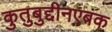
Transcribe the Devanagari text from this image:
कुतुबुद्दीनएबक